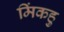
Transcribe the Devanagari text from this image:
मिंकहु